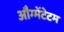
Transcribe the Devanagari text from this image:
औग्मेंटेटम